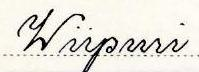
Wiipuri